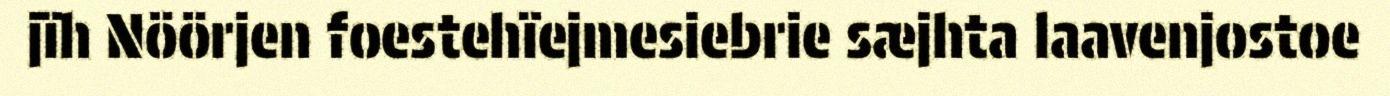
jïh Nöörjen foestehïejmesiebrie sæjhta laavenjostoe